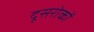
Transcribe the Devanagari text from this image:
दूसरोकों